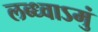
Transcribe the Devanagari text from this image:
लब्ध्वाऽमुं